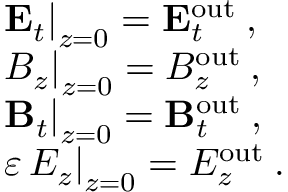
\begin{array} { r l } & { \left. { \bf E } _ { t } \right| _ { z = 0 } = { \bf E } _ { t } ^ { \mathrm { o u t } } \: , } \\ & { \left. B _ { z } \right| _ { z = 0 } = B _ { z } ^ { \mathrm { o u t } } \: , } \\ & { \left. { \bf B } _ { t } \right| _ { z = 0 } = { \bf B } _ { t } ^ { \mathrm { o u t } } \: , } \\ & { \left. \varepsilon \, E _ { z } \right| _ { z = 0 } = E _ { z } ^ { \mathrm { o u t } } \: . } \end{array}